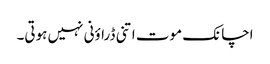
اچانک موت اتنی ڈراؤنی نہیں ہوتی۔